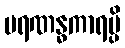
မရဏန္ဓကာရမ္ပိ